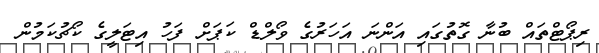
ރިޕޯޓްތައް ބުނާ ގޮތުގައި އަންނަ އަހަރުގެ ވޯލްޑް ކަޕަށް ފަހު އިޓަލީގެ ކޯޗުކަމުން